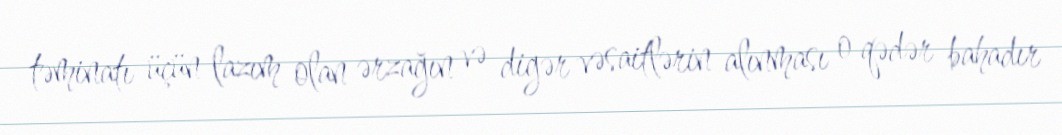
təminatı üçün lazım olan ərzağın və digər vəsaitlərin alınması o qədər bahadır